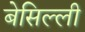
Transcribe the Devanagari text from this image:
बेसिल्ली